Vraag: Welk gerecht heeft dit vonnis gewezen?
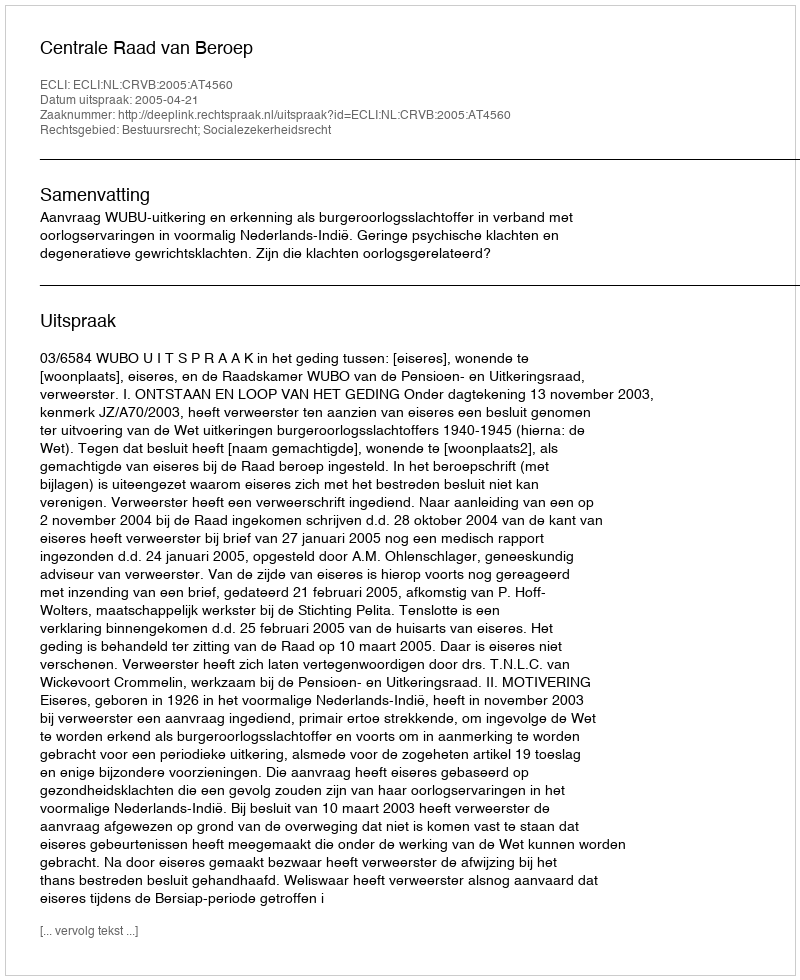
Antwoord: Centrale Raad van Beroep